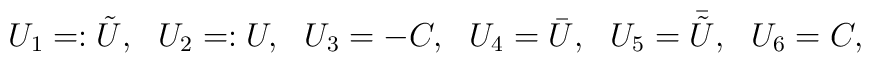
U_1=:{\tilde U},\ \ U_2=:U,\ \ U_3=-C,\ \ U_4={\bar U},\ \ U_5={\bar {\tilde U}},\ \ U_6=C,